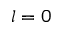
l = 0